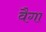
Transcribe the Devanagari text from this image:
वैगा